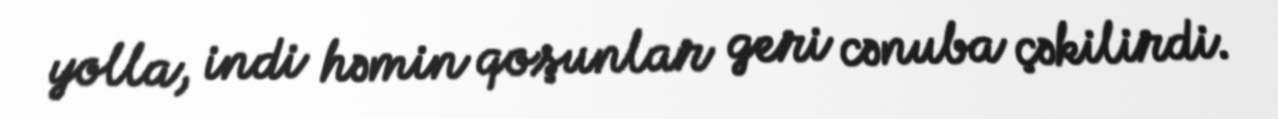
yolla, indi həmin qoşunlar geri cənuba çəkilirdi.